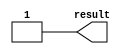
// megafunction wizard: %LPM_CONSTANT%
// GENERATION: STANDARD
// VERSION: WM1.0
// MODULE: LPM_CONSTANT 

// ============================================================
// Megafunction Name(s):
// 			LPM_CONSTANT
//
// Simulation Library Files(s):
// 			lpm
// ============================================================
// ************************************************************
// THIS IS A WIZARD-GENERATED FILE. DO NOT EDIT THIS FILE!
//
// 20.1.1 Build 720 11/11/2020 SJ Lite Edition
// ************************************************************


//Copyright (C) 2020  Intel Corporation. All rights reserved.
//Your use of Intel Corporation's design tools, logic functions 
//and other software and tools, and any partner logic 
//functions, and any output files from any of the foregoing 
//(including device programming or simulation files), and any 
//associated documentation or information are expressly subject 
//to the terms and conditions of the Intel Program License 
//Subscription Agreement, the Intel Quartus Prime License Agreement,
//the Intel FPGA IP License Agreement, or other applicable license
//agreement, including, without limitation, that your use is for
//the sole purpose of programming logic devices manufactured by
//Intel and sold by Intel or its authorized distributors.  Please
//refer to the applicable agreement for further details, at
//https://fpgasoftware.intel.com/eula.


//lpm_constant ENABLE_RUNTIME_MOD="NO" LPM_CVALUE=1 LPM_WIDTH=1 result
//VERSION_BEGIN 20.1 cbx_lpm_constant 2020:11:11:17:06:45:SJ cbx_mgl 2020:11:11:17:08:38:SJ  VERSION_END
// synthesis VERILOG_INPUT_VERSION VERILOG_2001
// altera message_off 10463


//synthesis_resources = 
//synopsys translate_off
`timescale 1 ps / 1 ps
//synopsys translate_on
module  Constant1_lpm_constant
	( 
	result) /* synthesis synthesis_clearbox=1 */;
	output   [0:0]  result;


	assign
		result = 1'b1;
endmodule //Constant1_lpm_constant
//VALID FILE


// synopsys translate_off
`timescale 1 ps / 1 ps
// synopsys translate_on
module Constant1 (
	result)/* synthesis synthesis_clearbox = 1 */;

	output	[0:0]  result;

	wire [0:0] sub_wire0;
	wire [0:0] result = sub_wire0[0:0];

	Constant1_lpm_constant	Constant1_lpm_constant_component (
				.result (sub_wire0));

endmodule

// ============================================================
// CNX file retrieval info
// ============================================================
// Retrieval info: PRIVATE: INTENDED_DEVICE_FAMILY STRING "Cyclone IV GX"
// Retrieval info: PRIVATE: JTAG_ENABLED NUMERIC "0"
// Retrieval info: PRIVATE: JTAG_ID STRING "NONE"
// Retrieval info: PRIVATE: Radix NUMERIC "2"
// Retrieval info: PRIVATE: SYNTH_WRAPPER_GEN_POSTFIX STRING "1"
// Retrieval info: PRIVATE: Value NUMERIC "1"
// Retrieval info: PRIVATE: nBit NUMERIC "1"
// Retrieval info: PRIVATE: new_diagram STRING "1"
// Retrieval info: LIBRARY: lpm lpm.lpm_components.all
// Retrieval info: CONSTANT: LPM_CVALUE NUMERIC "1"
// Retrieval info: CONSTANT: LPM_HINT STRING "ENABLE_RUNTIME_MOD=NO"
// Retrieval info: CONSTANT: LPM_TYPE STRING "LPM_CONSTANT"
// Retrieval info: CONSTANT: LPM_WIDTH NUMERIC "1"
// Retrieval info: USED_PORT: result 0 0 1 0 OUTPUT NODEFVAL "result[0..0]"
// Retrieval info: CONNECT: result 0 0 1 0 @result 0 0 1 0
// Retrieval info: GEN_FILE: TYPE_NORMAL Constant1.v TRUE
// Retrieval info: GEN_FILE: TYPE_NORMAL Constant1.inc TRUE
// Retrieval info: GEN_FILE: TYPE_NORMAL Constant1.cmp TRUE
// Retrieval info: GEN_FILE: TYPE_NORMAL Constant1.bsf TRUE
// Retrieval info: GEN_FILE: TYPE_NORMAL Constant1_inst.v TRUE
// Retrieval info: GEN_FILE: TYPE_NORMAL Constant1_bb.v TRUE
// Retrieval info: GEN_FILE: TYPE_NORMAL Constant1_syn.v TRUE
// Retrieval info: LIB_FILE: lpm